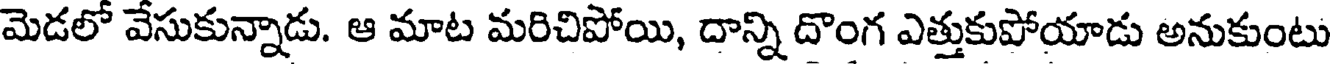
మెడలో వేసుకున్నాడు. ఆ మాట మరిచిపోయి, దాన్ని దొంగ ఎత్తుకుపోయాడు అనుకుంటు